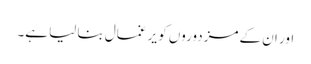
اور ان کے مزدوروں کو یر غمال بنا لیا ہے۔